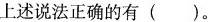
上述说法正确的有( )。